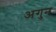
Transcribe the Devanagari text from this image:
अगुन